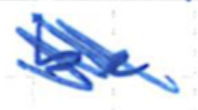
Text: be
Cross-out: scratch
Writing tool: ballpoint